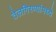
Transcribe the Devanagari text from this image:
तेलगिरण्यांमध्ये